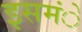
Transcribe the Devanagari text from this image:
इसमंे